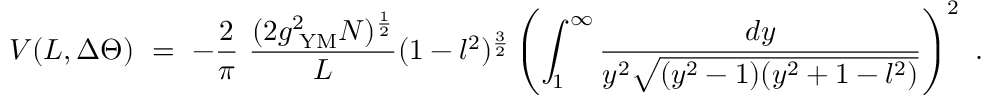
V ( L , \Delta \Theta ) ~ = ~ - \frac { 2 } { \pi } ~ \frac { ( 2 g _ { \mathrm { \tiny ~ Y M } } ^ { 2 } N ) ^ { \frac { 1 } { 2 } } } { L } ( 1 - l ^ { 2 } ) ^ { \frac { 3 } { 2 } } \left( \int _ { 1 } ^ { \infty } \frac { d y } { y ^ { 2 } \sqrt { ( y ^ { 2 } - 1 ) ( y ^ { 2 } + 1 - l ^ { 2 } ) } } \right) ^ { 2 } ~ .